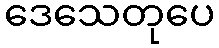
ဒေသေတုပေ